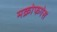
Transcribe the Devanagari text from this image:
मक्रोफगेस